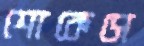
শোকেসে